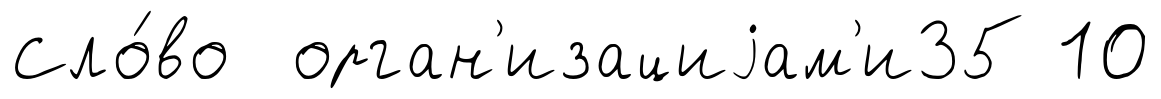
Сло́во орган'изациjам'и35 10